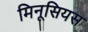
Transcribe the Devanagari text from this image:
मिनूसियस